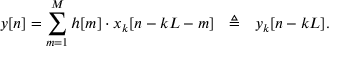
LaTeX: y [ n ] = \sum _ { m = 1 } ^ { M } h [ m ] \cdot x _ { k } [ n - k L - m ] \ \ \triangleq \ \ y _ { k } [ n - k L ] .